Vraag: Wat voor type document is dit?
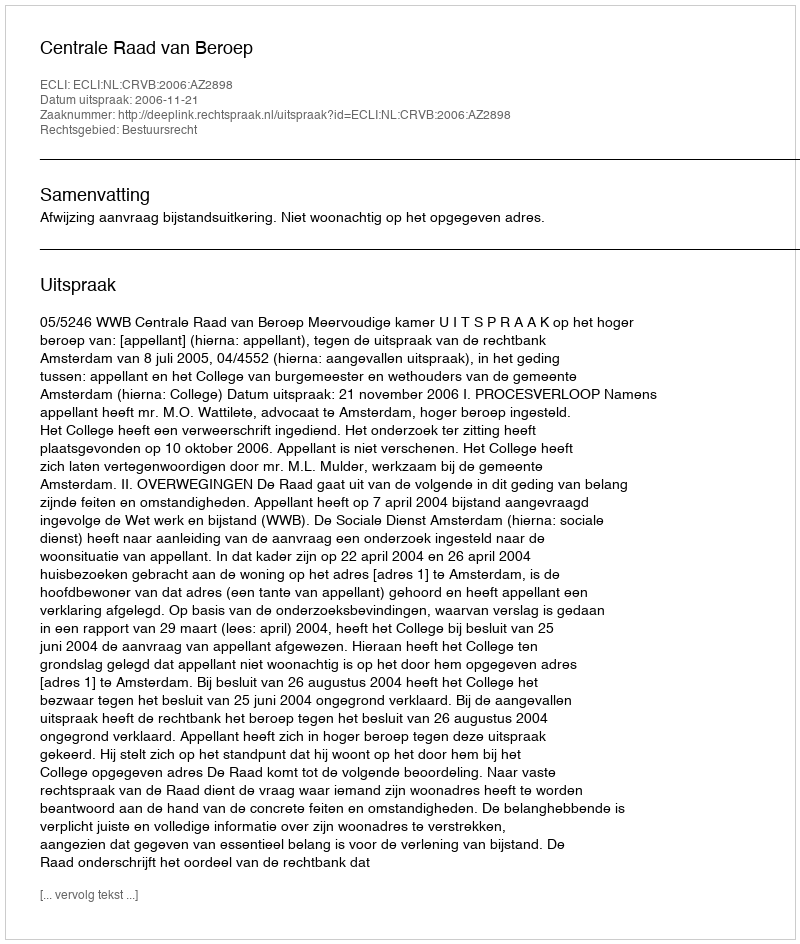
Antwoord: Uitspraak